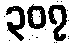
၃၀၇